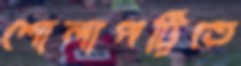
শোলাপট্টিতে